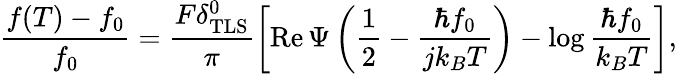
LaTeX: \frac{f(T)-f_{0}}{f_{0}}=\frac{F\delta_{\mathrm{TLS}}^{0}}{\pi}\left[\operatorname{Re\Psi}\left(\frac{1}{2}-\frac{\hbar f_{0}}{jk_{B}T}\right)-\log\frac{\hbar f_{0}}{k_{B}T}\right],